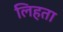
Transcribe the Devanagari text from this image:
लिहता